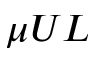
\mu U L